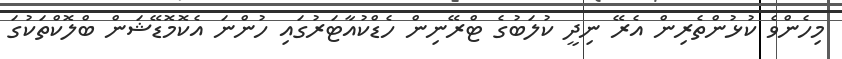
މިހެންވެ ކުޅުންތެރިން އެރޭ ނިދީ ކުލަބުގެ ޓްރޭނިން ހެޑްކުއާޓަރުގައި ހުންނަ އެކޮމޮޑޭޝަން ބްލޮކްތަކުގަ